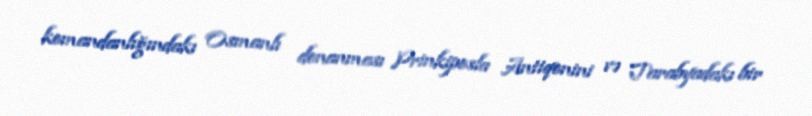
komandanlığındakı Osmanlı donanması Prinkiposla Antiqonini və Tarabyadakı bir